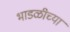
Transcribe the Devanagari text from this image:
भाडळीच्या